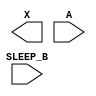
/**
 * Copyright 2020 The SkyWater PDK Authors
 *
 * Licensed under the Apache License, Version 2.0 (the "License");
 * you may not use this file except in compliance with the License.
 * You may obtain a copy of the License at
 *
 *     https://www.apache.org/licenses/LICENSE-2.0
 *
 * Unless required by applicable law or agreed to in writing, software
 * distributed under the License is distributed on an "AS IS" BASIS,
 * WITHOUT WARRANTIES OR CONDITIONS OF ANY KIND, either express or implied.
 * See the License for the specific language governing permissions and
 * limitations under the License.
 *
 * SPDX-License-Identifier: Apache-2.0
 */

`ifndef SKY130_FD_SC_HD__LPFLOW_INPUTISO0N_BLACKBOX_V
`define SKY130_FD_SC_HD__LPFLOW_INPUTISO0N_BLACKBOX_V

/**
 * lpflow_inputiso0n: Input isolator with inverted enable.
 *
 *                    X = (A & SLEEP_B)
 *
 * Verilog stub definition (black box without power pins).
 *
 * WARNING: This file is autogenerated, do not modify directly!
 */

`timescale 1ns / 1ps
`default_nettype none

(* blackbox *)
module sky130_fd_sc_hd__lpflow_inputiso0n (
    X      ,
    A      ,
    SLEEP_B
);

    output X      ;
    input  A      ;
    input  SLEEP_B;

    // Voltage supply signals
    supply1 VPWR;
    supply0 VGND;
    supply1 VPB ;
    supply0 VNB ;

endmodule

`default_nettype wire
`endif  // SKY130_FD_SC_HD__LPFLOW_INPUTISO0N_BLACKBOX_V